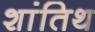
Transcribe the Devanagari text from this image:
शांतिथ